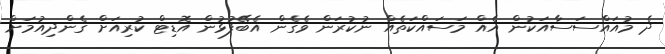
ދެ މުއައްސަސާއަކުން އެއް މަސައްކަތެއް ނުކުރަން ވެގެން އެބޭފުޅުން އޮޑިޓް ކުރިއަށް ގެންދިއުމަށް